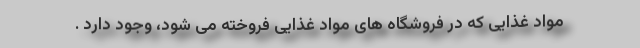
مواد غذایی که در فروشگاه های مواد غذایی فروخته می شود، وجود دارد .